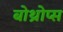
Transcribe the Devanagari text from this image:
बोथ्रोप्स